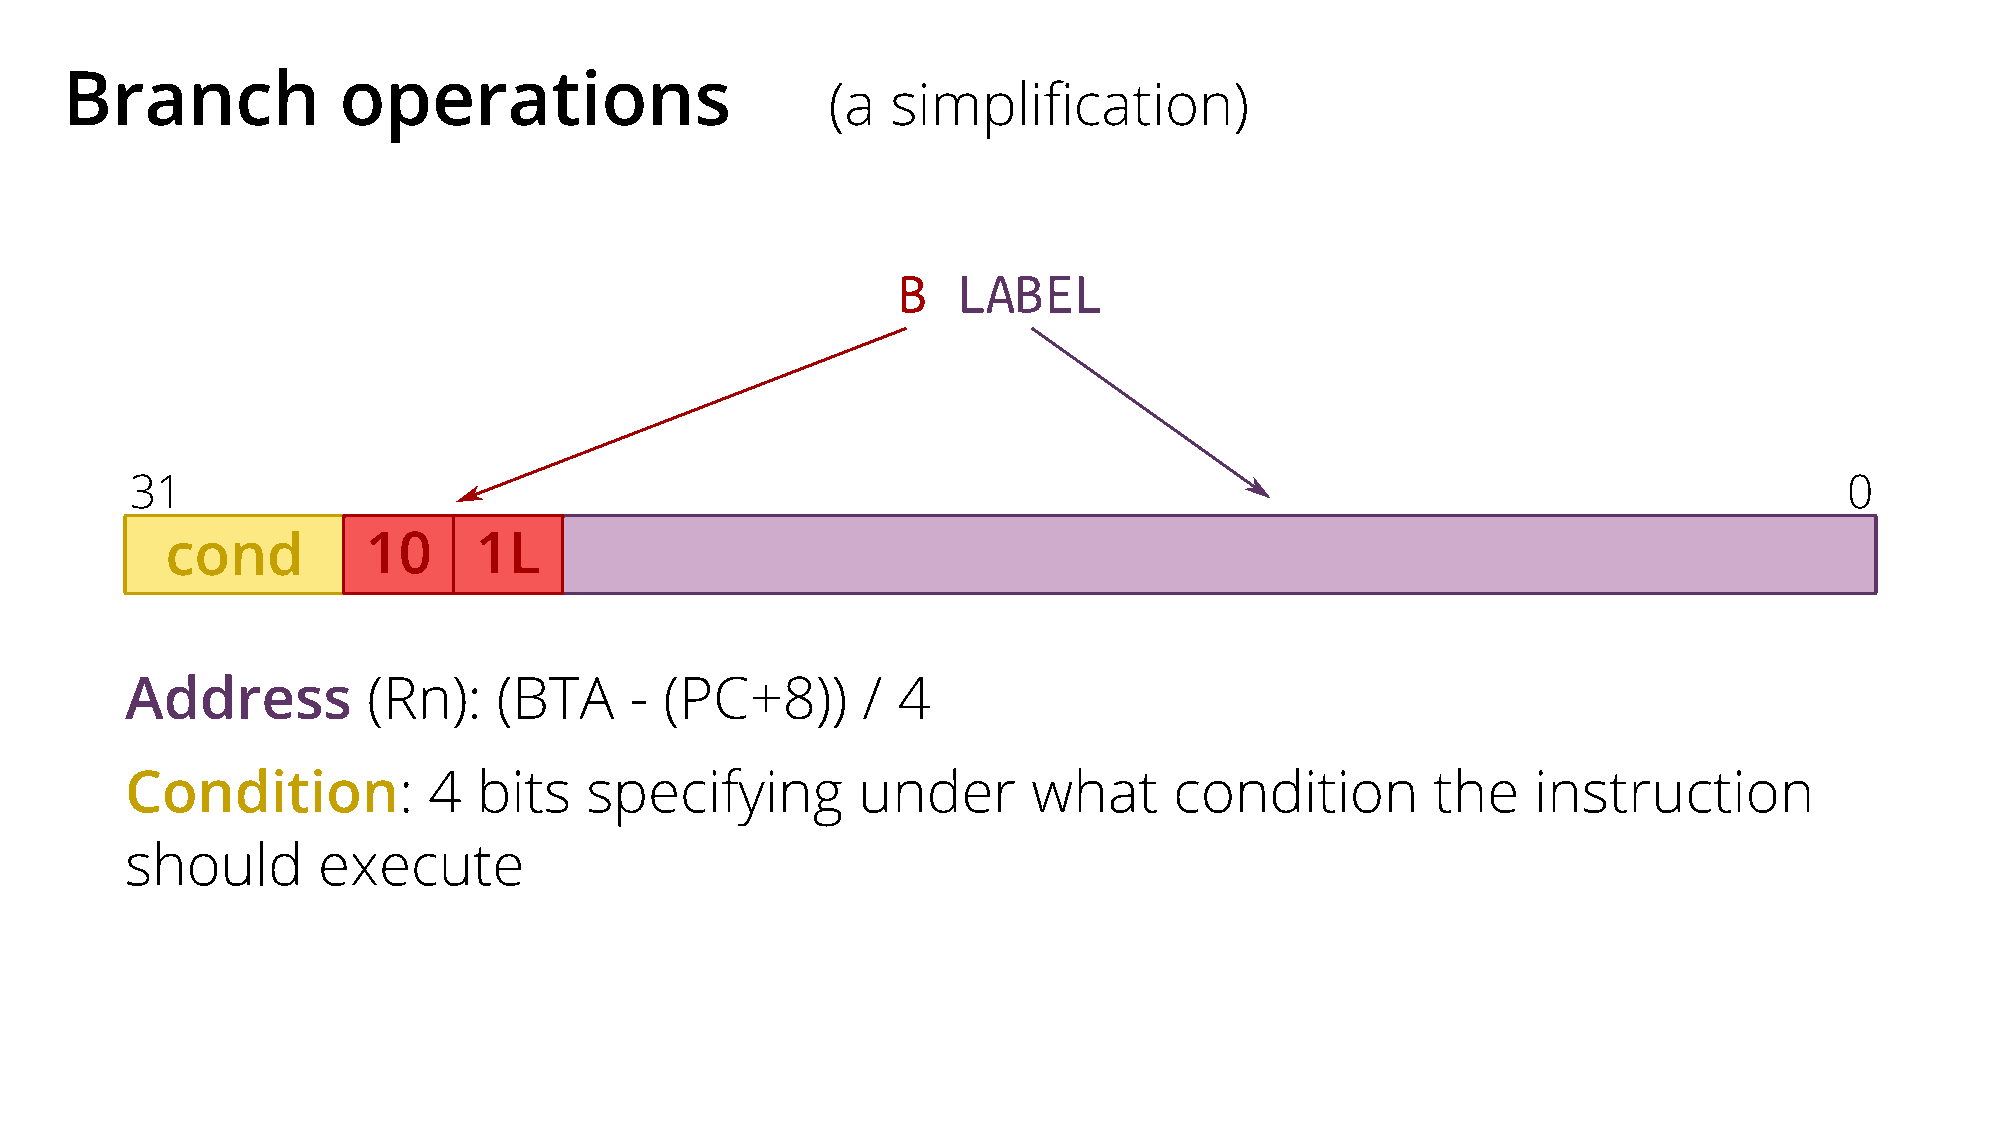
Branch            operations
 (a  simplification)
 B   LABEL
 31                                                                                                               0
 cond         10     1L
 Address         (Rn):    (BTA     - (PC+8))      / 4
 Condition:          4   bits   specifying        under      what      condition        the    instruction
 should       execute